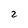
Character: 2